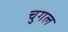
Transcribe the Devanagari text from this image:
चुगल